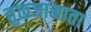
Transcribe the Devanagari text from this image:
तुळजामाता